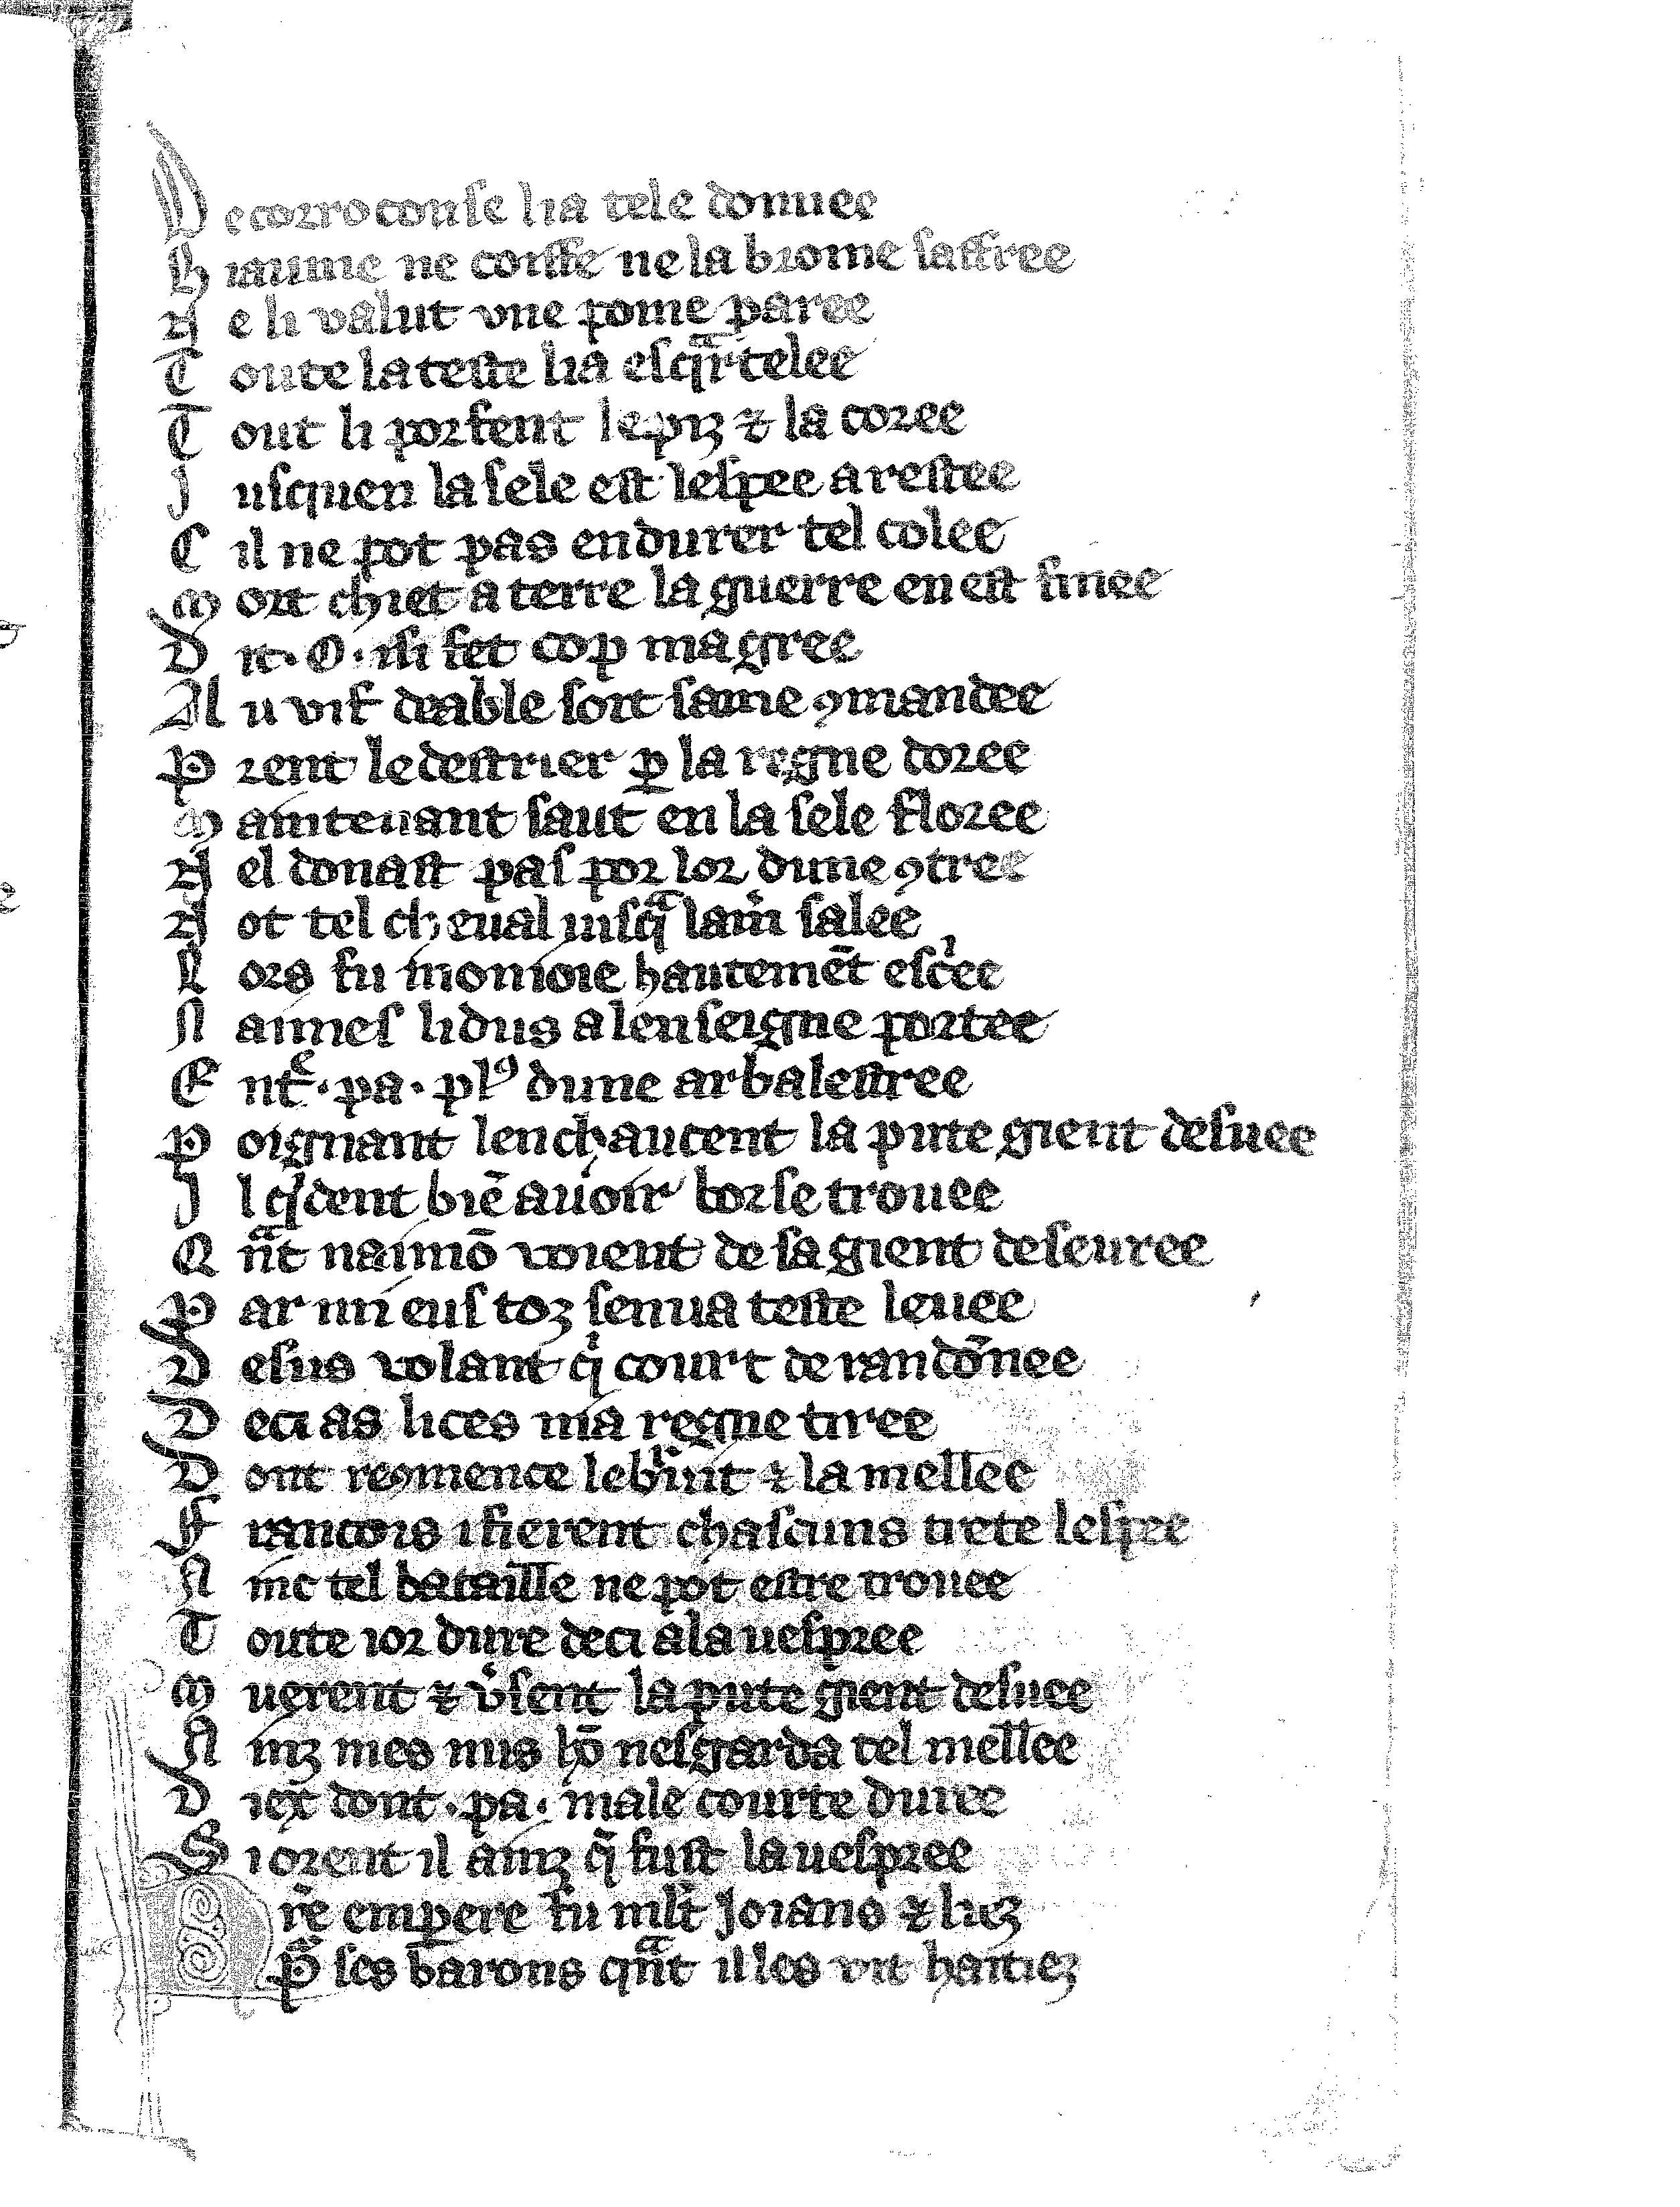
Shelfmark: Vatican, Biblioteca apostolica vaticana, Reg.lat. 1616
Century: 14